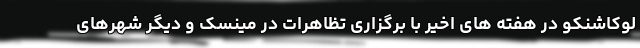
لوکاشنکو در هفته های اخیر با برگزاری تظاهرات در مینسک و دیگر شهرهای